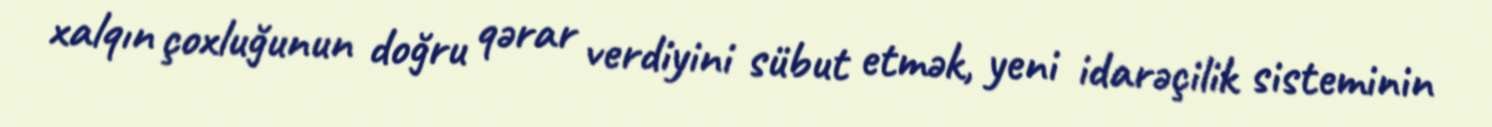
xalqın çoxluğunun doğru qərar verdiyini sübut etmək, yeni idarəçilik sisteminin